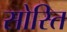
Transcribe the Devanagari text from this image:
सोरित